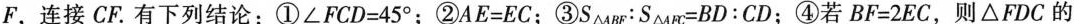
F，连接CF。有下列结论：①$$∠ F C D = 4 5 °$$；②$$A E = E C$$；③$$S _ { △ A B F } ： S _ { △ A F C } = B D ： C D$$；④若$$B F = 2 E C$$，则△FDC的